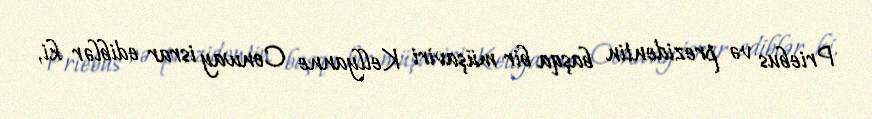
Priebus və prezidentin başqa bir müşaviri Kellyanne Conway israr ediblər ki,